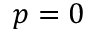
p = 0